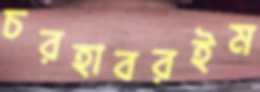
চরহাবরইম